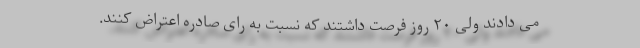
می دادند ولی ۲۰ روز فرصت داشتند که نسبت به رای صادره اعتراض کنند.